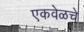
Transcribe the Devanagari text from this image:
एकवेळचे